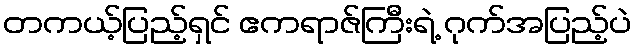
တကယ့်ပြည့်ရှင် ဧကရာဇ်ကြီးရဲ့ ဂုက်အပြည့်ပဲ